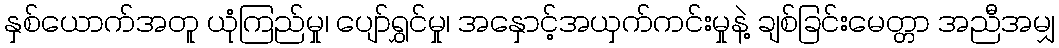
နှစ်ယောက်အတူ ယုံကြည်မှု၊ ပျော်ရွှင်မှု၊ အနှောင့်အယှက်ကင်းမှုနဲ့ ချစ်ခြင်းမေတ္တာ အညီအမျှ